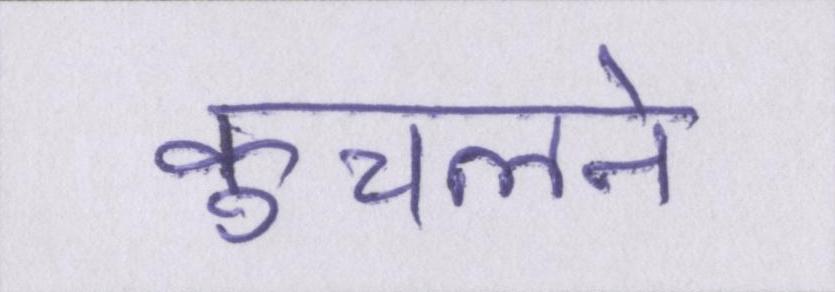
कुचलने